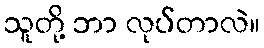
သူတို့ ဘာ လုပ်တာလဲ။